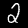
Label: 2